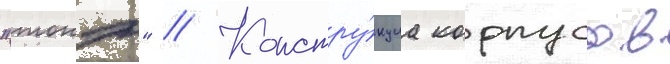
"тонэ" // Констру́кциа корпусов